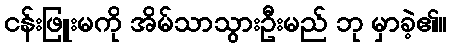
ငန်းဖြူးမကို အိမ်သာသွားဦးမည် ဘု မှာခဲ့၏။